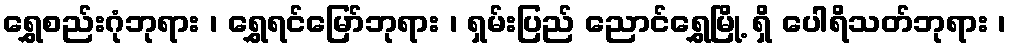
ရွှေစည်းဂုံဘုရား ၊ ရွှေရင်မြော်ဘုရား ၊ ရှမ်းပြည် ညောင်ရွှေမြို့ ရှိ ပေါရိသတ်ဘုရား ၊